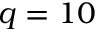
q = 1 0